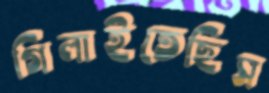
গিলাইতেছিস